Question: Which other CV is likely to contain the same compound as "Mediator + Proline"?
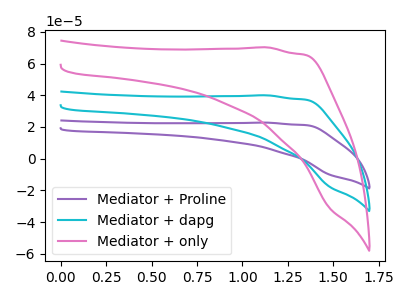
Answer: <think>The purple curve "Mediator + Proline" has no peaks. The cyan curve "Mediator + dapg" has no peaks. The pink curve "Mediator + only" has no peaks.
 Neither "Mediator + Proline" or "Mediator + dapg" have any peaks. Neither "Mediator + Proline" or "Mediator + only" have any peaks. Neither "Mediator + dapg" or "Mediator + only" have any peaks.</think>
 <answer>"Mediator + Proline" and "Mediator + dapg" have a similar shape to "Mediator + only".</answer>
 <eval>"Mediator + Proline" "Mediator + dapg"</eval>